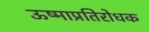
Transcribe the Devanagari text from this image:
ऊष्माप्रतिरोधक